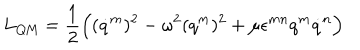
L _ { \mathrm { Q M } } = \frac 1 2 \Bigl ( ( \dot { q } ^ { m } ) ^ { 2 } - \omega ^ { 2 } ( q ^ { m } ) ^ { 2 } + \mu \epsilon ^ { m n } q ^ { m } \dot { q } ^ { n } \Bigr )